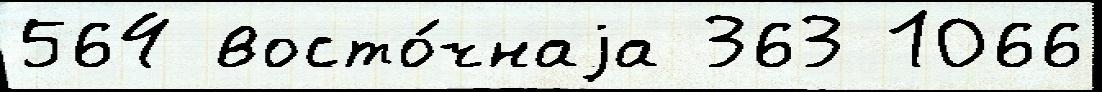
564 восто́чнаjа 363 1066